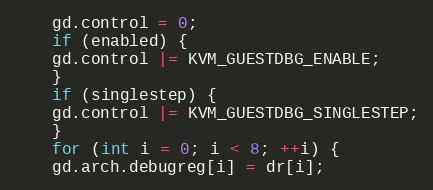
Language: C++
    gd.control = 0;
    if (enabled) {
	gd.control |= KVM_GUESTDBG_ENABLE;
    }
    if (singlestep) {
	gd.control |= KVM_GUESTDBG_SINGLESTEP;
    }
    for (int i = 0; i < 8; ++i) {
	gd.arch.debugreg[i] = dr[i];